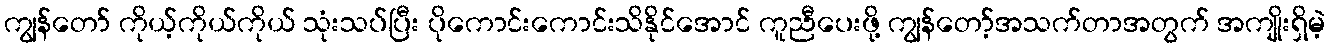
ကျွန်တော် ကိုယ့်ကိုယ်ကိုယ် သုံးသပ်ပြီး ပိုကောင်းကောင်းသိနိုင်အောင် ကူညီပေးဖို့ ကျွန်တော့်အသက်တာအတွက် အကျိုးရှိမဲ့